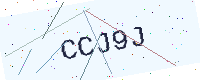
Text: CCJ9J